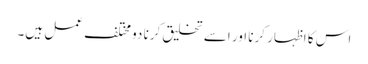
اس کا اظہار کرنا اور اسے تخلیق کرنا دو مختلف عمل ہیں۔